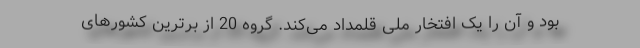
بود و آن را یک افتخار ملی قلمداد می‌کند. گروه 20 از برترین کشورهای